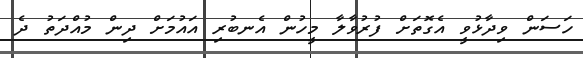
ހަސަން ވިދާޅުވީ އެގޮތަށް ފުރުވާލާ މީހުން އެނބުރި އައުމަށް ދިން މުއްދަތު ދެ